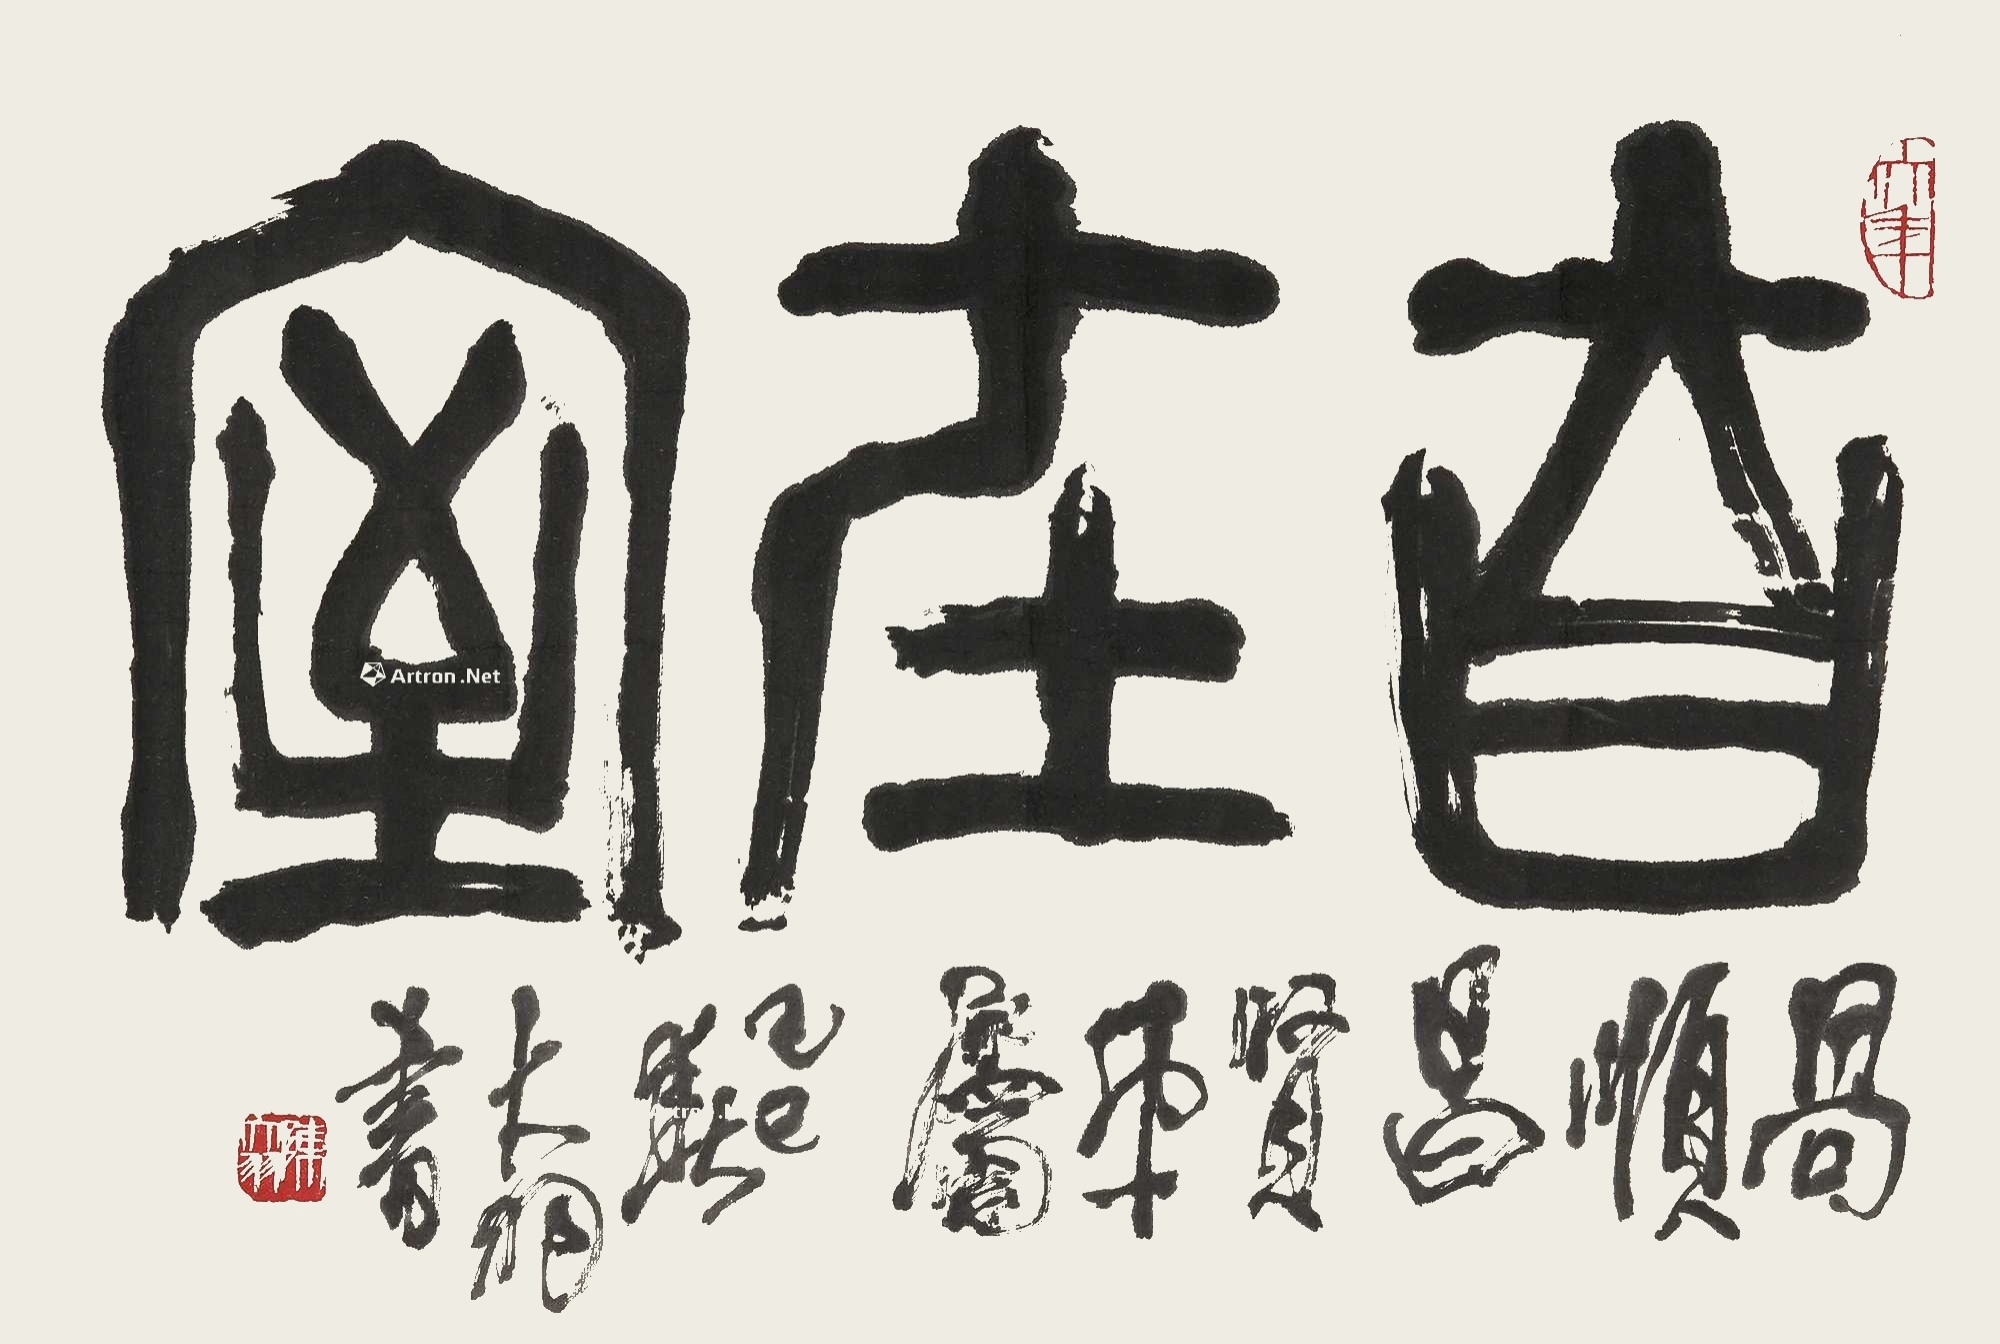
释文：自在室。呙顺昌贤弟属。己巳(1989)春，大羽书。